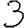
Digit: 3